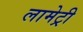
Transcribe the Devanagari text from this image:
लामेट्री